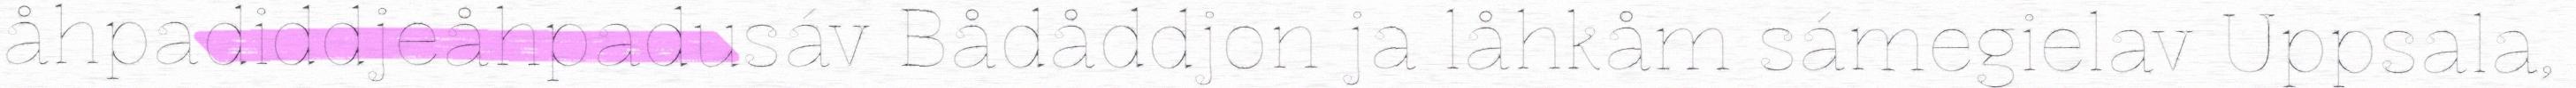
åhpadiddjeåhpadusáv Bådåddjon ja låhkåm sámegielav Uppsala,